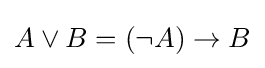
A\lor B=(\lnot A)\to B